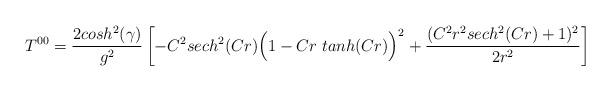
LaTeX: \begin{align*}T^{00} = {2 cosh ^2 (\gamma) \over g^2} \left[ - C^2 sech ^2 (C r)\Big( 1 - C r \; tanh(C r) \Big) ^2 + {(C^2 r^2 sech ^2 (C r) + 1)^2\over 2 r^2} \right]\end{align*}